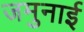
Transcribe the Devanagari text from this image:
जमुनाई